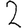
Digit: 2